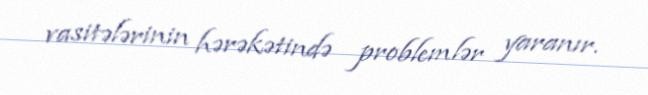
vasitələrinin hərəkətində problemlər yaranır.